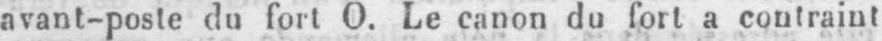
avant-poste du fort O. Le canon du fort a contraint